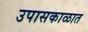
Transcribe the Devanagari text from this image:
उपासकाळात